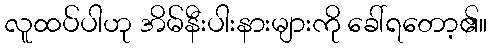
လူထပ်ပါဟု အိမ်နီးပါးနားများကို ခေါ်ရတော့၏။